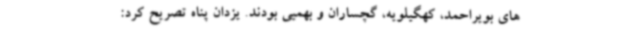
های بویراحمد، کهگیلویه، گچساران و بهمیی بودند. یزدان پناه تصریح کرد: